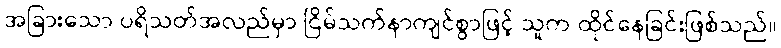
အခြားသော ပရိသတ်အလည်မှာ ငြိမ်သက်နာကျင်စွာဖြင့် သူက ထိုင်နေခြင်းဖြစ်သည်။